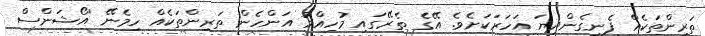
ތަރިންތަކެއް ފެނިގެންދިޔަ އަހަރަކަށެވެ. އޭގެ ތެރޭގައި މުހިއްމު އަންހެން ތަރިންތަކެއް ހިމެނޭ 'އޯޝަންސް